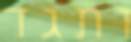
ותגד